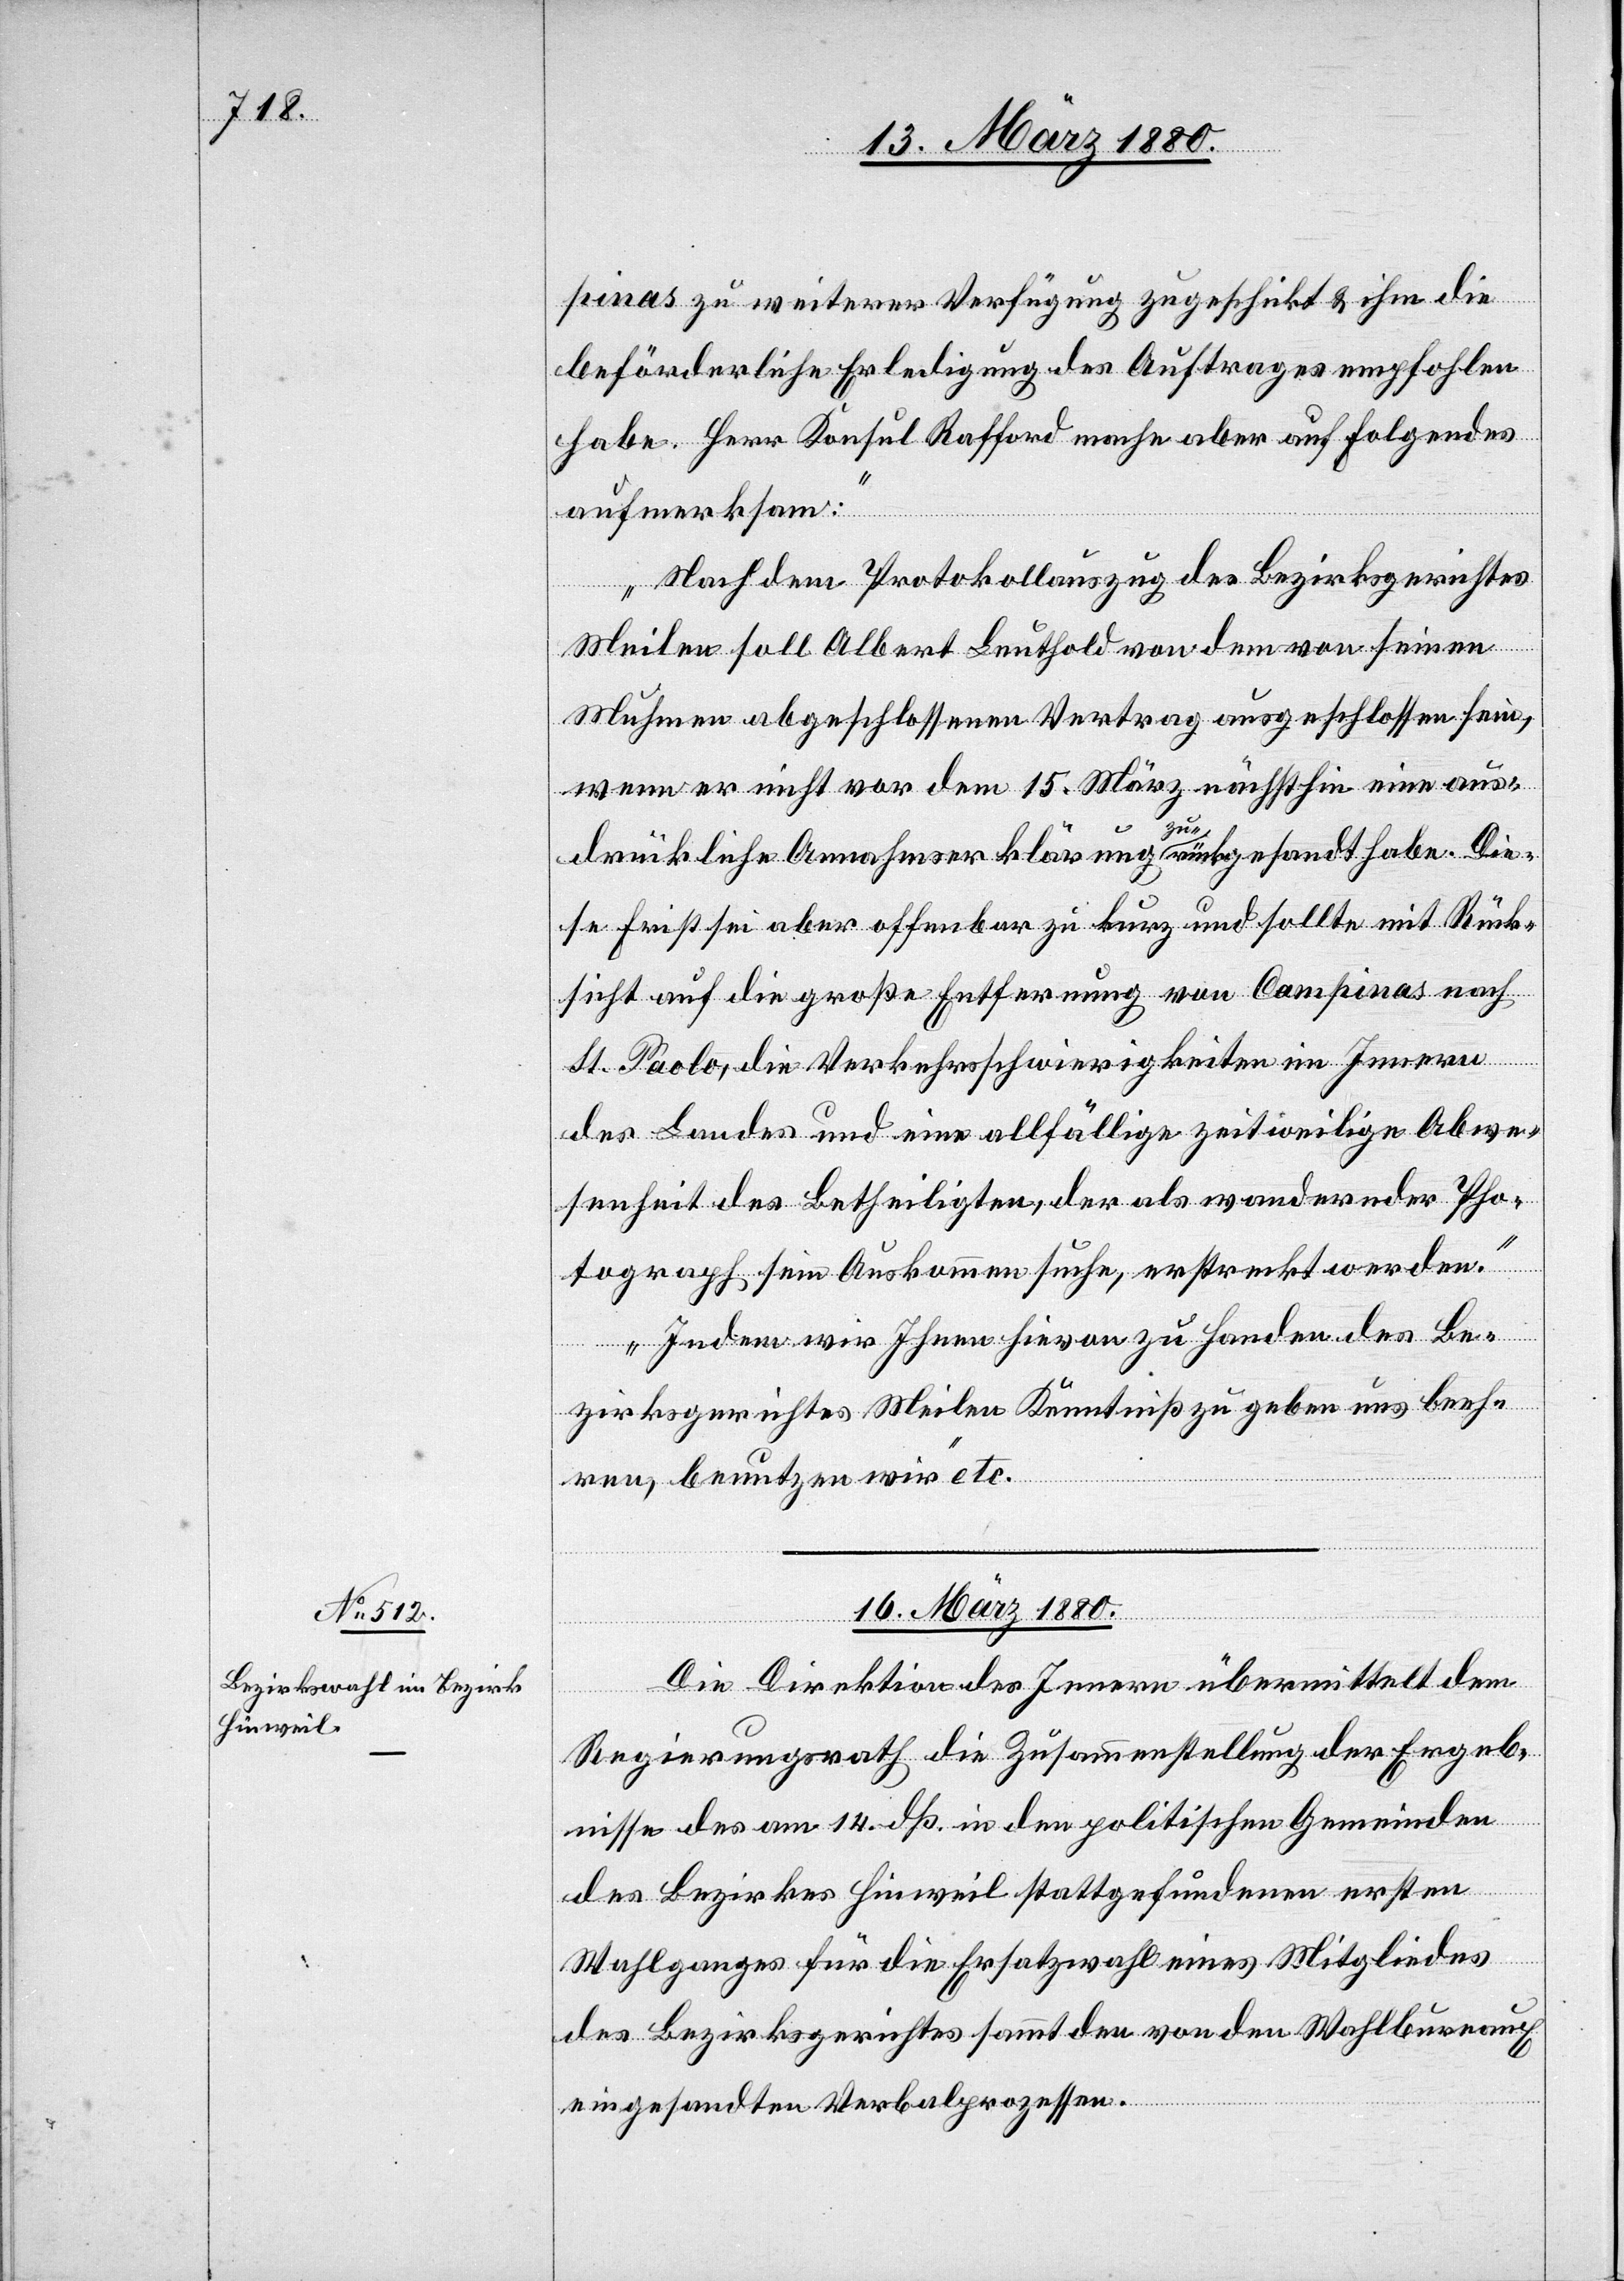
pinas zu weiterer Verfügung zugeschickt & ihm die
beförderliche Erledigung des Auftrages empfohlen
habe. Herr Konsul Rafford mache aber auf Folgendes
aufmerksam:
Nach dem Protokollauszug des Bezirksgerichtes
Meilen soll Albert Leuthold von dem von seinem
Muhmen abgeschlossenen Vertrag ausgeschlossen sein,
wenn er nicht vor dem 15. März nächsthin eine aus¬
drückliche Annahmserklärung zurückgesandt habe. Die¬
se Frist sei aber offenbar zu kurz und sollte mit Rück¬
sicht auf die große Entfernung von Campinas nach
St. Paolo, die Verkehrsschwierigkeiten im Innern
des Landes und eine allfällige zeitweilige Abwe¬
senheit des Betheiligten, der als wandernder Pho¬
tograph sein Auskommen suche, erstreckt werden.
Indem wir Ihnen hievon zu Handen des Be¬
zirksgerichtes Meilen Kenntniß zu geben uns beeh¬
ren, benutzen wir“ etc.
16. März 1880.
Die Direktion des Innern übermittelt dem
Regierungsrath die Zusammenstellung der Ergeb¬
nisse des am 14. dß. in den politischen Gemeinden
des Bezirkes Hinweil stattgefunden ersten
Wahlganges für die Ersatzwahl eines Mitgliedes
des Bezirksgerichtes sammt den von den Wahlbureaux
eingesandten Verbalprozessen.